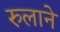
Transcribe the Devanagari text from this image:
रुलाने